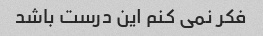
فکر نمی کنم این درست باشد